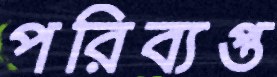
পরিব্যপ্ত